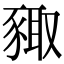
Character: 𧱛